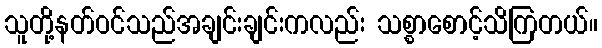
သူတို့နတ်ဝင်သည်အချင်းချင်းကလည်း သစ္စာစောင့်သိကြတယ်။